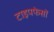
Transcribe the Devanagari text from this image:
टाइपफेसों